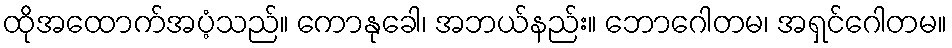
ထိုအထောက်အပံ့သည်။ ကောနုခေါ၊ အဘယ်နည်း။ ဘောဂေါတမ၊ အရှင်ဂေါတမ။